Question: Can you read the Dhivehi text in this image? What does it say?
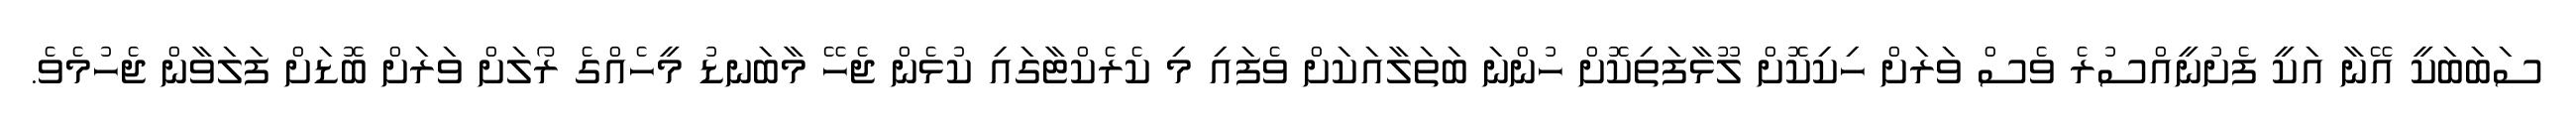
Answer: ސަބަބަކީ އޭނާ އަކީ ފެށުނީއްސުރެ ވެސް ވަރަށް ހިކިކޮށް ލޫޅާފަތިކޮށް ހުންނަ ބަތަލާއަކަށް ވެފައި މި ކެރެކްޓާގައި ކުޅެން ޖެހޭ މާބަނޑު މީހެއްގެ ރޯލަށް ވަރަށް ބޮޑަށް ފަލަވާން ޖެހުމެވެ.